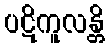
ပဋိကူလန္တိ